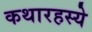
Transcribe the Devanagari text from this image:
कथारहस्ये